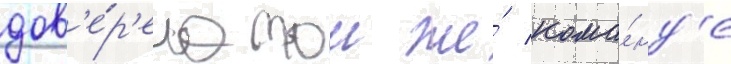
дов'е́р'ена тои же́ кома́нд'е